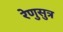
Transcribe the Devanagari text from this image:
रेणुसुत्र